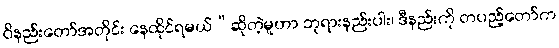
ဝိနည်းတော်အတိုင်း နေထိုင်ရမယ်”ဆိုတဲ့မူဟာ ဘုရားနည်းပါး၊ ဒီနည်းကို တပည့်တော်က